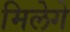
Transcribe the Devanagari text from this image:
मिलेगे